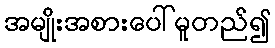
အမျိုးအစားပေါ်မူတည်၍